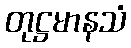
တုဋ္ဌမာနသံ